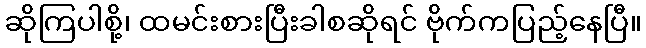
ဆိုကြပါစို့၊ ထမင်းစားပြီးခါစဆိုရင် ဗိုက်ကပြည့်နေပြီ။